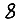
Digit: 8